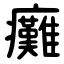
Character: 癱